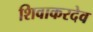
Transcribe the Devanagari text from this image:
शिवाकरदेव